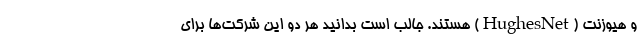
و هیوزنت (HughesNet) هستند. جالب است بدانید هر دو این شرکت‌ها برای